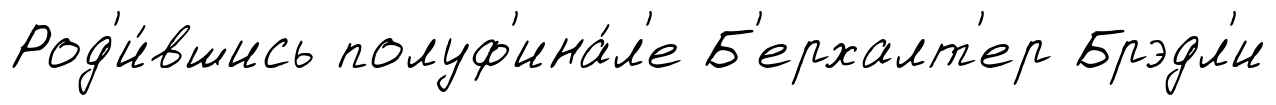
Род'и́вшись полуф'ина́л'е Б'ерхалт'ер Брэдл'и